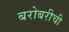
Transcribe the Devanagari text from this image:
बरोबरीची